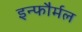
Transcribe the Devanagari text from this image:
इन्फौर्मल